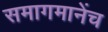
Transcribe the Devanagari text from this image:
समागमानेंच